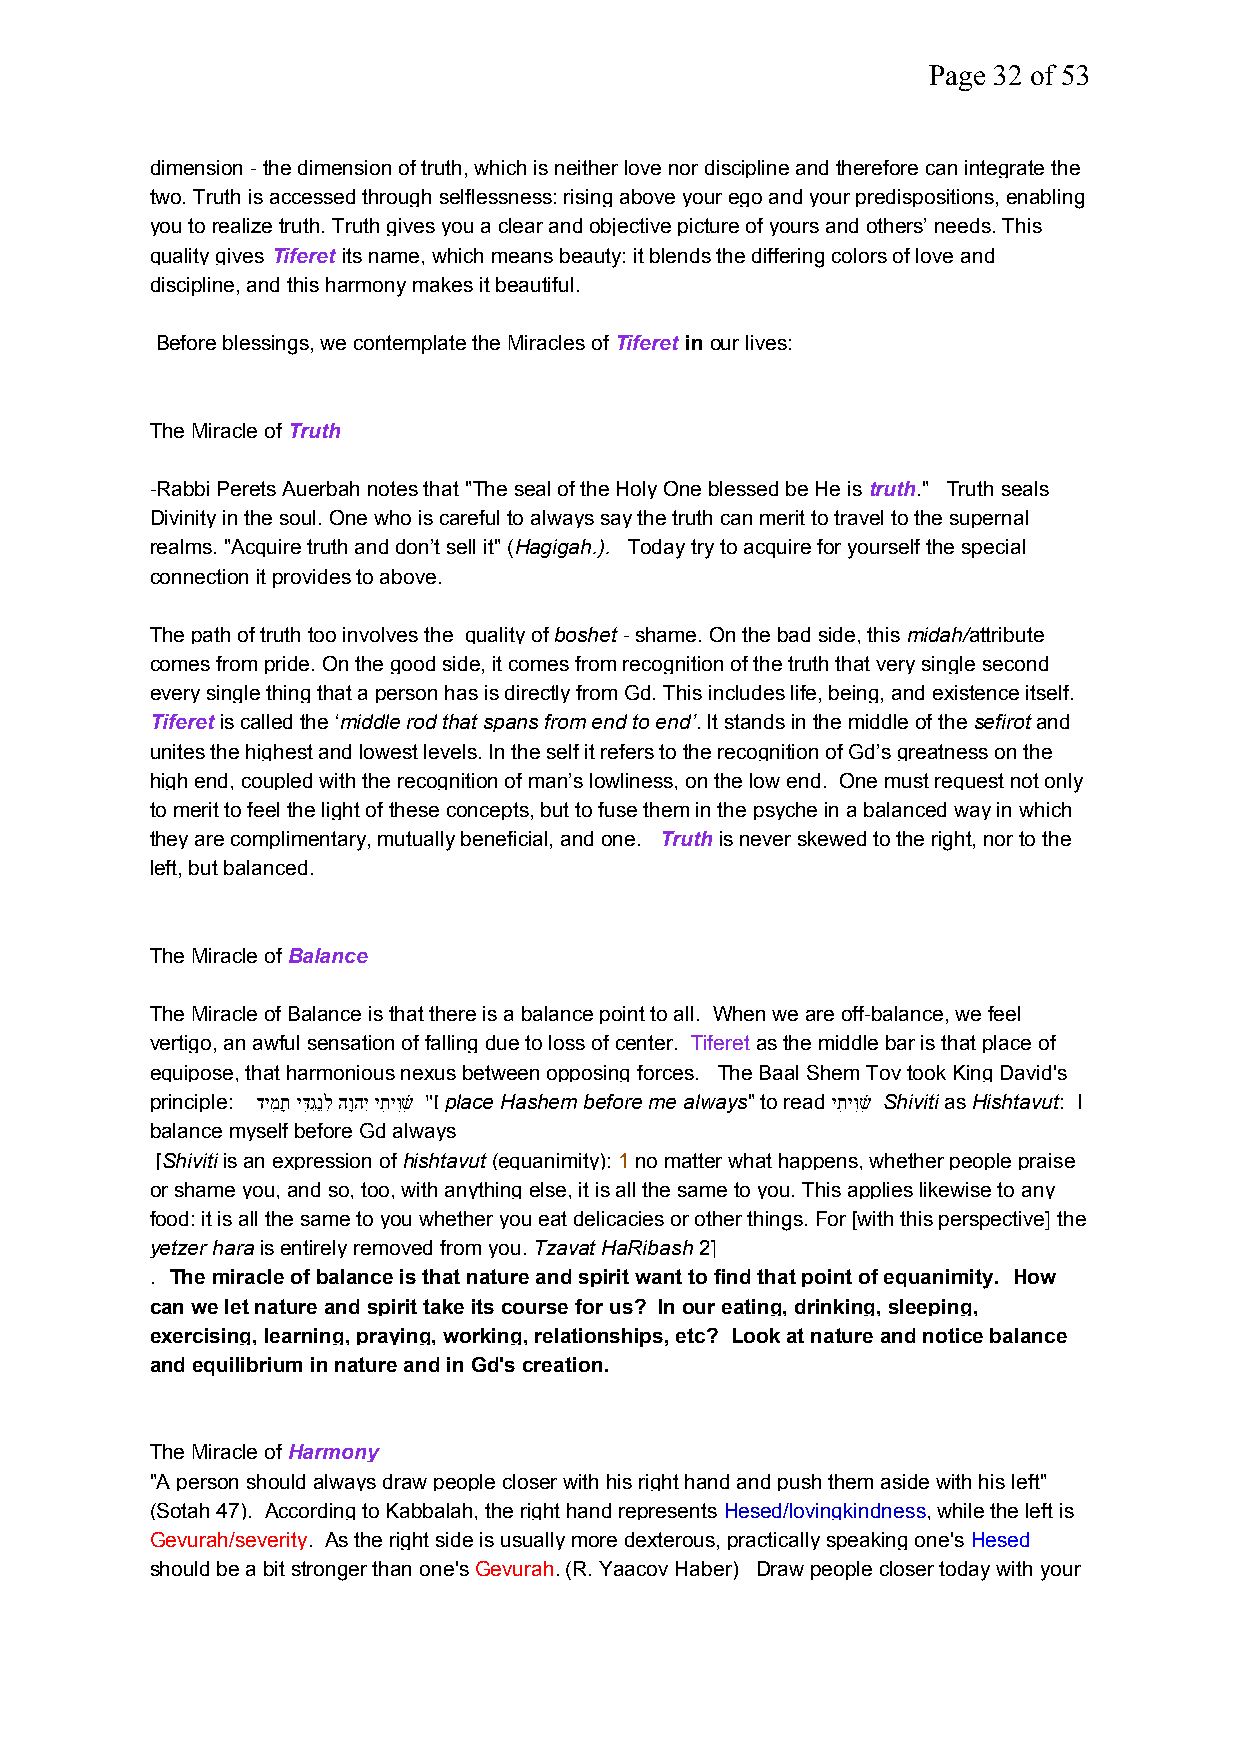
Page 32 of 53
 dimension - the dimension of truth, which is neither love nor discipline and therefore can integrate the
 two. Truth is accessed through selflessness: rising above your ego and your predispositions, enabling
 you to realize truth. Truth gives you a clear and objective picture of yours and others’ needs. This
 quality gives Tiferet its name, which means beauty: it blends the differing colors of love and
 discipline, and this harmony makes it beautiful.
 Before blessings, we contemplate the Miracles ofTiferet inour lives:
 The Miracle ofTruth
 -Rabbi Perets Auerbah notes that "The seal of the Holy One blessed be He istruth." Truth seals
 Divinity in the soul. One who is careful to always say the truth can merit to travel to the supernal
 realms. "Acquire truth and don’t sell it" (Hagigah.). Today try to acquire for yourself the special
 connection it provides to above.
 The path of truth too involves the quality ofboshet- shame. On the bad side, thismidah/attribute
 comes from pride. On the good side, it comes from recognition of the truth that very single second
 every single thing that a person has is directly from Gd. This includes life, being, and existence itself.
 Tiferetis called the ‘middle rod that spans from end to end’. It stands in the middle of thesefirotand
 unites the highest and lowest levels. In the self it refers to the recognition of Gd’s greatness on the
 high end, coupled with the recognition of man’s lowliness, on the low end. One must request not only
 to merit to feel the light of these concepts, but to fuse them in the psyche in a balanced way in which
 they are complimentary, mutually beneficial, and one. Truthis never skewed to the right, nor to the
 left, but balanced.
 The Miracle ofBalance
 The Miracle of Balance is that there is a balance point to all. When we are off-balance, we feel
 vertigo, an awful sensation of falling due to loss of center. Tiferetas the middle bar is that place of
 equipose, that harmonious nexus between opposing forces. The Baal Shem Tov took King David's
 principle: דימִתָ ידִּגְנֶלְ הוָהיְ יתִיוִּשִׁ "Iplace Hashem before me always" to readיתִיוִּשִׁ ShivitiasHishtavut: I
 balance myself before Gd always
 [Shivitiis an expression ofhishtavut(equanimity):1no matter what happens, whether people praise
 or shame you, and so, too, with anything else, it is all the same to you. This applies likewise to any
 food: it is all the same to you whether you eat delicacies or other things. For [with this perspective] the
 yetzer harais entirely removed from you.Tzavat HaRibash2]
 . The miracle of balance is that nature and spirit want to find that point of equanimity. How
 can we let nature and spirit take its course for us? In our eating, drinking, sleeping,
 exercising, learning, praying, working, relationships, etc? Look at nature and notice balance
 and equilibrium in nature and in Gd's creation.
 The Miracle ofHarmony
 "A person should always draw people closer with his right hand and push them aside with his left"
 (Sotah 47). According to Kabbalah, the right hand representsHesed/lovingkindness, while the left is
 Gevurah/severity. As the right side is usually more dexterous, practically speaking one'sHesed
 should be a bit stronger than one'sGevurah. (R. Yaacov Haber) Draw people closer today with your